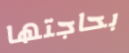
بحاجتها